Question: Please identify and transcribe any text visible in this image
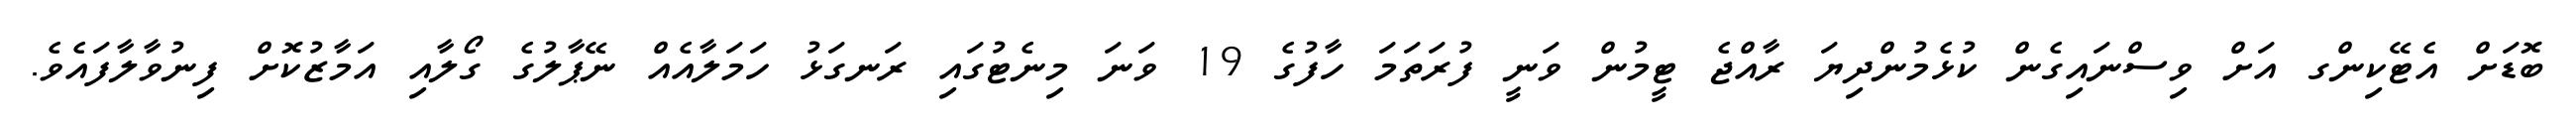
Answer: ބޮޑަށް އެޓޭކިންގ އަށް ވިސްނައިގެން ކުޅެމުންދިޔަ ރާއްޖެ ޓީމުން ވަނީ ފުރަތަމަ ހާފުގެ 19 ވަނަ މިނެޓުގައި ރަނގަޅު ހަމަލާއެއް ނޭޕާލުގެ ގޯލާއި އަމާޒުކޮށް ފިނުވާލާފައެވެ.